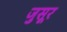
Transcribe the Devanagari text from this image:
जुसूर